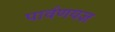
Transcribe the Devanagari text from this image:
पार्वणयज्ञ